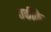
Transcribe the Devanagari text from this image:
तकीके